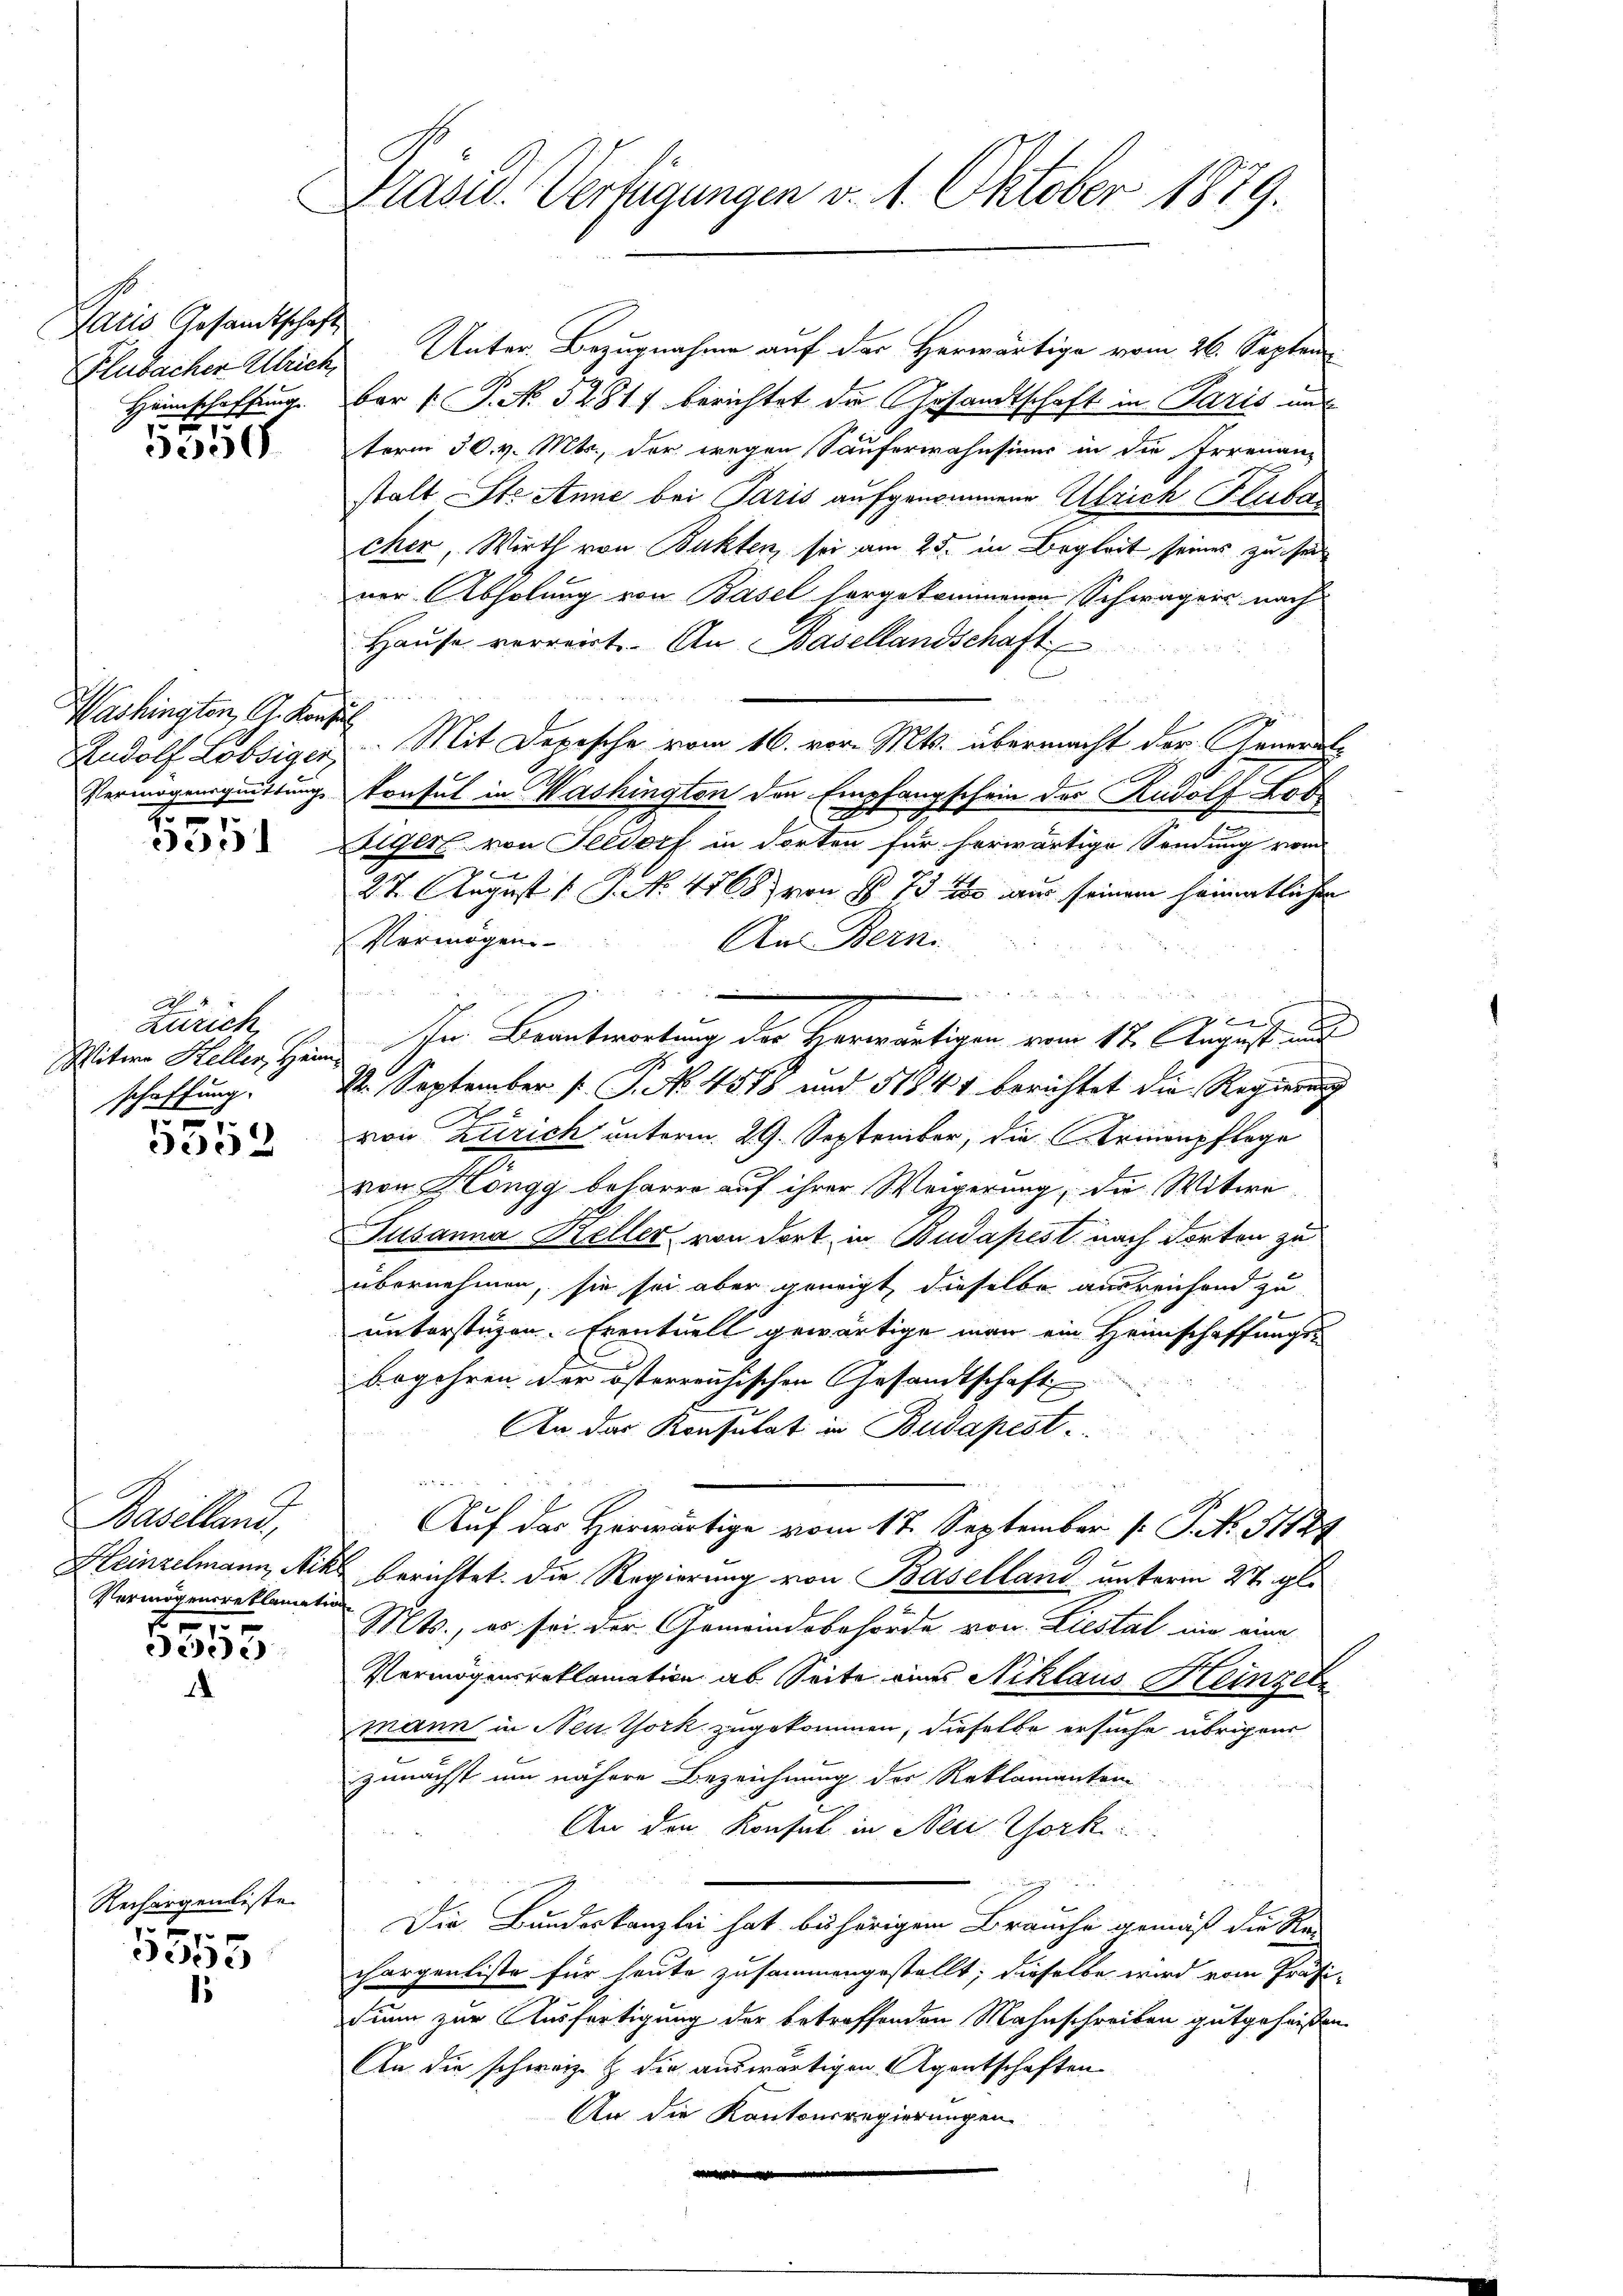
Paris Gesandtschaft
Flubacher Ulrich
Heimschaffung

5550

Washington, G. Konsen
Rudolf Lobsiger,
Vermögensquittung
2

2051

No. 4
Zürich
Witwe Heller, Heim
schaffung.

5552

Baselland,
Heinzelmann, Nik.
Vermögensreklamation
e

5553.
.

Rechargenliste

p
ede)
1

Präsid. Verfügungen v. 1. Oktober 1879.

C
t

Unter Bezugnahme auf der Herwärtige vom 26. Septembar (: P. No. 5281) berichtet die Gesandtschaft in Paris und
term 30. v. Mts., der wegen Säuferwahnsinus in die Irrenan-
stalt Ste Anne bei Paris aufgenommene Absich Pluta
cher, Wirth von Bukten sei am 25. in Begleit seines zu sein
ner Abholung von Basel hergekommenen Schwagers nach
Hause verwert.- An Basellandschaft
u
2
Mit Depesche vom 16. vor. Mts. übermacht der General-
konsul in Washington den Empfangschein der Rudolf Kos
2
siger von Seedorf in dorten für herwärtige Sendung vom
e
27. August [1. No. 4768) von § 73 u aus seinem heimatlichen
Vermögen
An Bern.

Ien Beantwortung der Herwärtigen vom 12. August und
2. September [ P. No 4518 und 51844 berichtet die Regierung
von Zürich unterm 29. September, die Armenpflege
von Höngg beharre auf ihrer Weigerung, die Witwe
Susanna Keller von dort in Budapest nach dorten zu
übernehmen, sie sei aber geneigt, dieselbe ausreichend zu
x
unterstüzen. Eventuell gewärtige man ein Heimschaffungsbegehren der österreichischen Gesandtschaft
An das Konsulat in Budapest.
8
Auf das Herwärtige vom 17. September 1 S. No. 51124
berichtet. Die Regierung von Baselland unterm 27. gl.
Mts., es sei der Gemeindsbehörde von Liestal wie eine
Vermögensreklamation ab Seite ein Niklaus Heinzel
mann in Neuthork zugekommen, dieselbe ersuche übrigens
zunächst um nähere Bezeichnung der Reklamanten
An den Konsul in Neue Chork
.
Die Bundeskanzlei hat bis hörigem Brauche gemäß die Re-
chargenliste für heute zusammengestellt; dieselbe wird vom Präsi-
tium zur Ausfertigung der betreffenden Mahnschreiben gutgeheißen
An die schweiz. Z. die auswärtigen Agentschaften
An die Kantonsregierungen